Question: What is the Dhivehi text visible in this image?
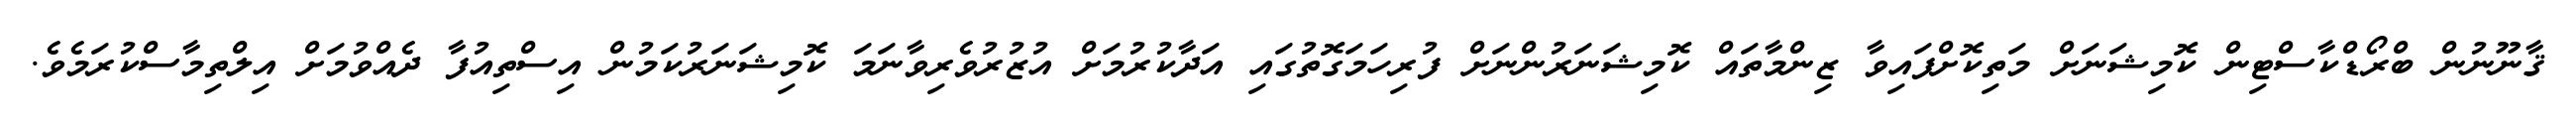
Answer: ޤާނޫނުން ބްރޯޑްކާސްޓިން ކޮމިޝަނަށް މަތިކޮށްފައިވާ ޒިންމާތައް ކޮމިޝަނަރުންނަށް ފުރިހަމަގޮތުގައި އަދާކުރުމަށް އުޒުރުވެރިވާނަމަ ކޮމިޝަނަރުކަމުން އިސްތިއުފާ ދެއްވުމަށް އިލްތިމާސްކުރަމެވެ.